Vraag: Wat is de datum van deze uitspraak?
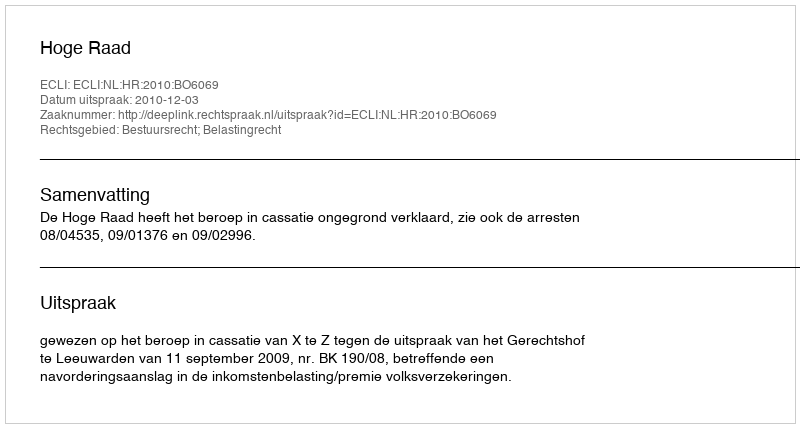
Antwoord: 2010-12-03